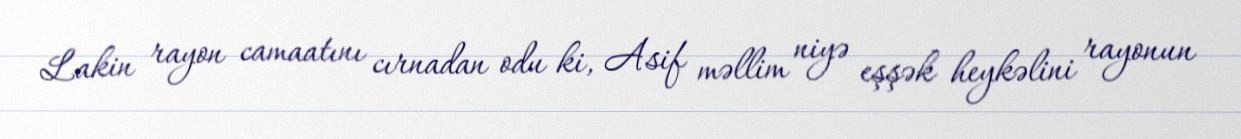
Lakin rayon camaatını cırnadan odu ki, Asif məllim niyə eşşək heykəlini rayonun